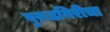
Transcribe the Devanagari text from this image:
बुरूडगिरीचा